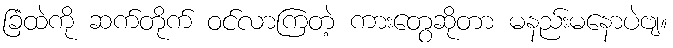
ခြံထဲကို ဆက်တိုက် ဝင်လာကြတဲ့ ကားတွေဆိုတာ မနည်းမနောပဲဗျ။